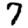
Digit: 7